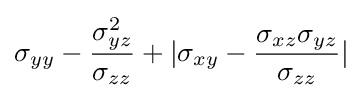
\sigma _{yy}-{\frac {\sigma _{yz}^{2}}{\sigma _{zz}}}+|\sigma _{xy}-{\frac {\sigma _{xz}\sigma _{yz}}{\sigma _{zz}}}|